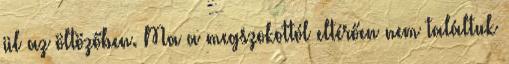
ül az öltözőben. Ma a megszokottól eltérően nem találtuk